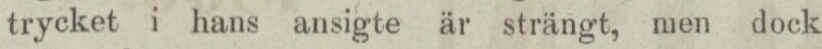
trycket i hans ansigte är strängt, men dock